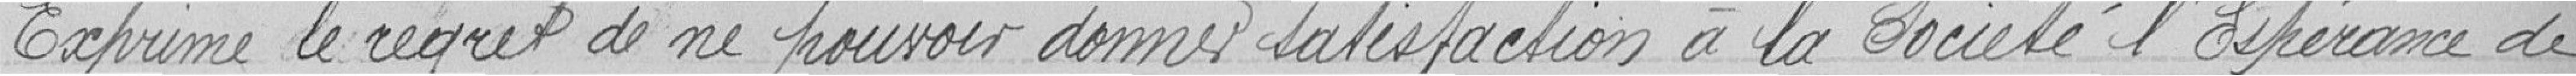
Exprime le regret de ne pouvoir donner satisfaction à la Société l'Espérance de